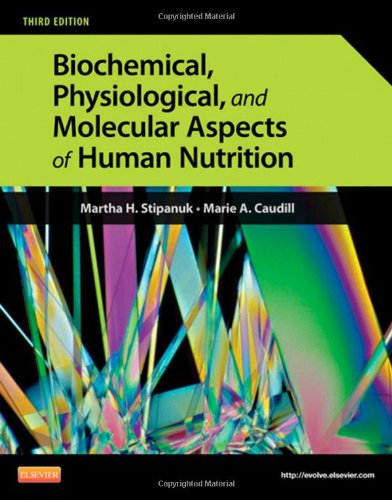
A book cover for Biochemical, Physiological, and Molecular Aspects of Human Nutrition, 3e; Martha H. Stipanuk PhD; Medical Books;